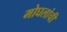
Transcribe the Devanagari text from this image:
मोघलांची